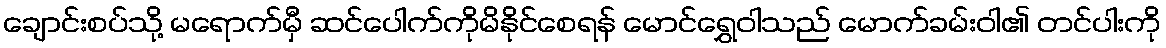
ချောင်းစပ်သို့ မရောက်မှီ ဆင်ပေါက်ကိုမိနိုင်စေရန် မောင်ရွှေဝါသည် မောက်ခမ်းဝါ၏ တင်ပါးကို